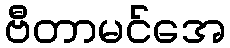
ဗီတာမင်အေ